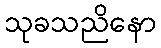
သုခသညိနော